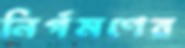
নির্গমণের